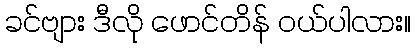
ခင်ဗျား ဒီလို ဖောင်တိန် ဝယ်ပါလား။